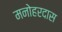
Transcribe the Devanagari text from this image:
मनोहरदास